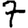
Digit: 7